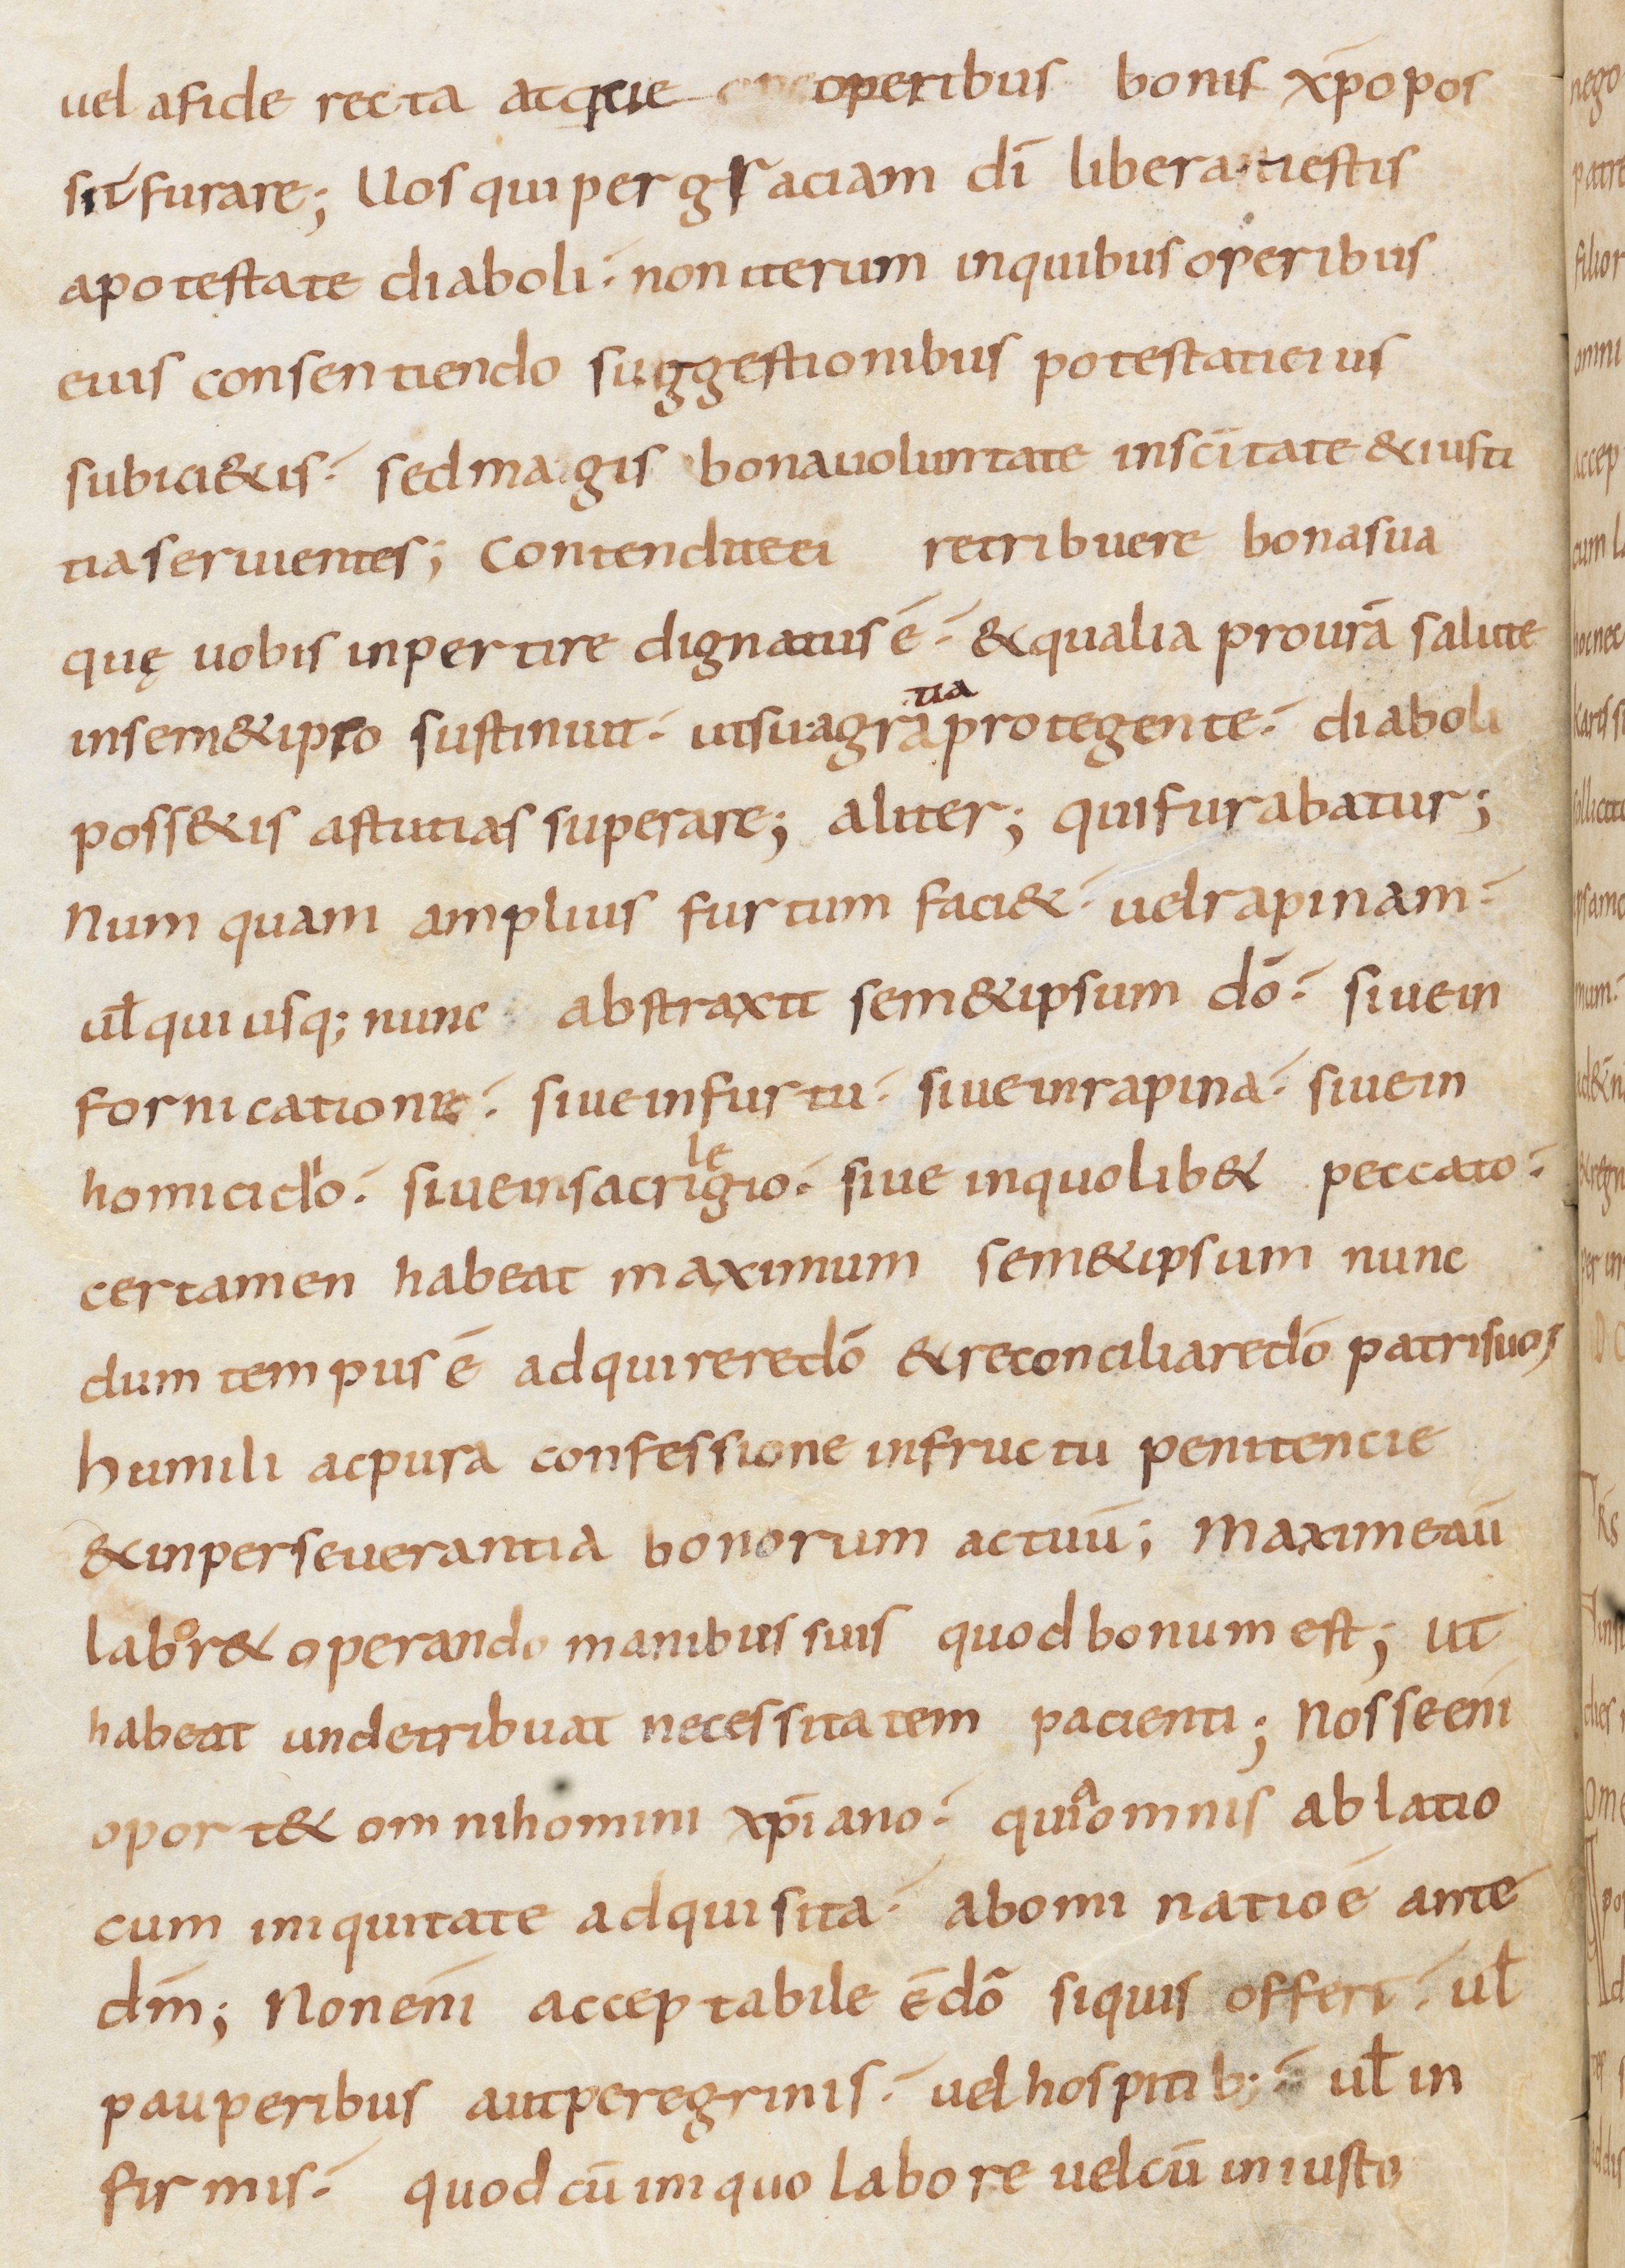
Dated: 800–899